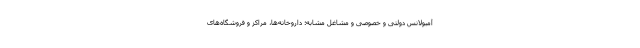
آمبولانس دولتی و خصوصی و مشاغل مشابه؛ داروخانه‌ها، مراکز و فروشگاه‌های